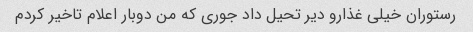
رستوران خیلی غذارو دیر تحیل داد جوری که من دوبار اعلام تاخیر کردم